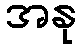
အနု